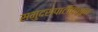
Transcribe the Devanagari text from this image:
समुदसपाटीपासून